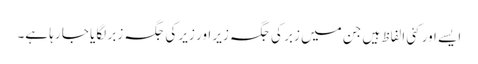
ایسے اور کئی الفاظ ہیں جن میں زبر کی جگہ زیر اور زیر کی جگہ زبر لگایا جا رہا ہے۔